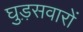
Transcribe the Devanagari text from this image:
घुड़़सवारों